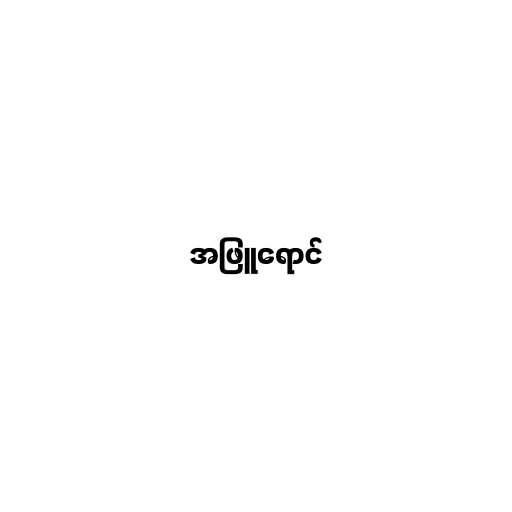
အဖြူရောင်